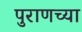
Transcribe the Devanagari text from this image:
पुराणच्या